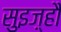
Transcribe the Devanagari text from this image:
सुइज़्हौ